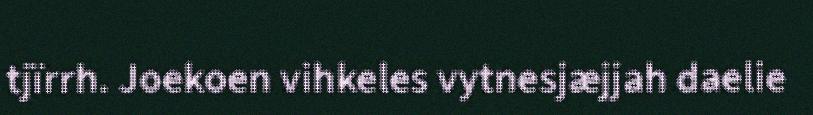
tjïrrh. Joekoen vihkeles vytnesjæjjah daelie